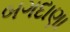
બગદાણા